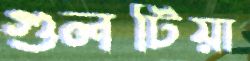
গুলটিয়া